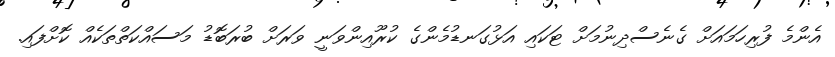
އެންމެ ފުރިހަމައަށް ގެނެސްދިނުމަށް ޓަކައި އަޅުގަނޑުމެންގެ ކުރޫއިންވަނީ ވަރަށް ބުރަބޮޑު މަސައްކަތްތަކެއް ކޮށްފައި.